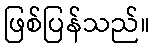
ဖြစ်ပြန်သည်။